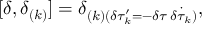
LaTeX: [ \delta , \delta _ { ( k ) } ] = \delta _ { ( k ) ( \delta \tau _ { k } ^ { \prime } = - \delta \tau \: \dot { \delta \tau _ { k } } ) } ,